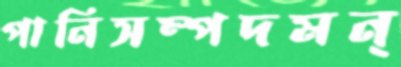
পানিসম্পদমন্